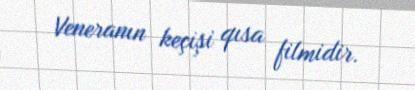
Veneranın keçişi qısa filmidir.